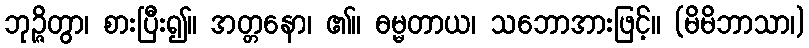
ဘုဉ္ဇိတွာ၊ စားပြီး၍။ အတ္တနော၊ ၏။ ဓမ္မတာယ၊ သဘောအားဖြင့်။ (မိမိဘာသာ၊)